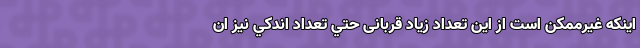
اينكه غيرممكن است از اين تعداد زياد قربانی حتي تعداد اندكي نيز ان